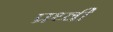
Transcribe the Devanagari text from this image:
प्रथ्‍वी